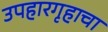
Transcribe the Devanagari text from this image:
उपहारगृहाचा